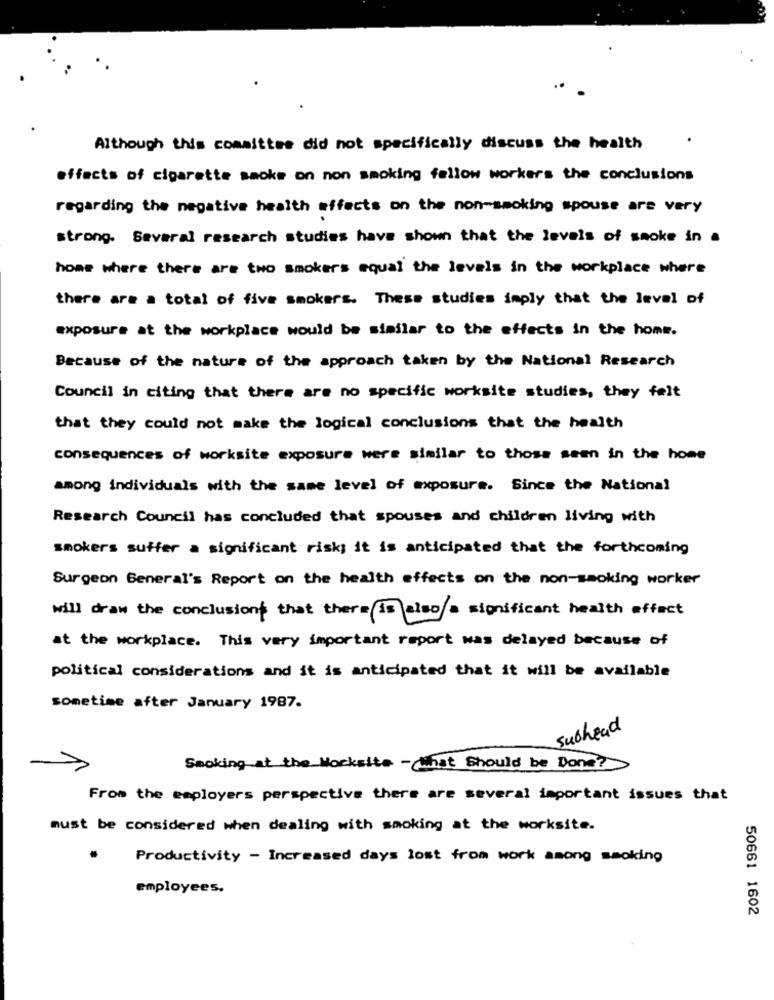
Although this committee did not specifically discuss the health
effects of cigarette smoke on non smoking fellow workers the conclusions
regarding the negative health effects on the non-smoking spouse are very
strong. Several research studies have shown that the levels of smoke in a
home where there are two smokers equal the levels in the workplace where
there are a total of five smokers. These studies imply that the level of
exposure at the workplace would be similar to the effects in the home.
Because of the nature of the approach taken by the National Research
Council in citing that there are no specific worksite studies, they felt
that they could not make the logical conclusions that the health
consequences of worksite exposure were similar to those seen in the home
among individuals with the same level of exposure. Since the National
Research Council has concluded that spouses and children living with
smokers suffer a significant risk; it is anticipated that the forthcoming
Surgeon General's Report on the health effects on the non-smoking worker
will draw the conclusion that there is also a significant health effect
at the workplace. This very important report was delayed because of
political considerations and it is anticipated that it will be available
sometime after January 1987.
subhead
Smoking-a
t the Mocksite - What Should be Done?
From the employers perspective there are several important issues that
must be considered when dealing with smoking at the worksite.
Productivity - Increased days lost from work among smoking
employees.
50661 1602